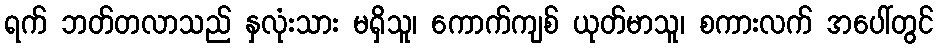
ရက် ဘတ်တလာသည် နှလုံးသား မရှိသူ၊ ကောက်ကျစ် ယုတ်မာသူ၊ စကားလက် အပေါ်တွင်